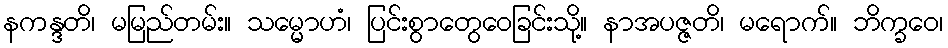
နကန္ဒတိ၊ မမြည်တမ်း။ သမ္မောဟံ၊ ပြင်းစွာတွေဝေခြင်းသို့။ နာအပဇ္ဇတိ၊ မရောက်။ ဘိက္ခဝေ၊